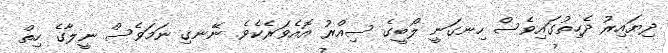
ދިޔައިރު ދެހިތުގައިވެސް ހިނގަނީ ލޯބީގެ ސިއްރު އޮއެވަރެކެވެ. ނޭނގި ނަމަވެސް ނީލާގެ ހިތް